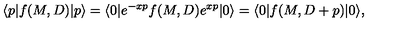
\langle p | f ( M , D ) | p \rangle = \langle 0 | e ^ { - x p } f ( M , D ) e ^ { x p } | 0 \rangle = \langle 0 | f ( M , D + p ) | 0 \rangle ,